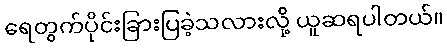
ရေတွက်ပိုင်းခြားပြခဲ့သလားလို့ ယူဆရပါတယ်။